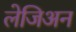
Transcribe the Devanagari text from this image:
लेजिअन